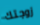
زوجتك